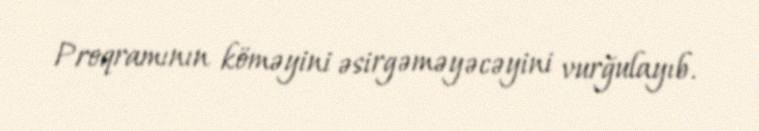
Proqramının köməyini əsirgəməyəcəyini vurğulayıb.